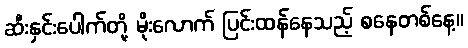
ဆီးနှင်းပေါက်တို့ မိုးလောက် ပြင်းထန်နေသည့် စနေတစ်နေ့။